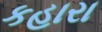
કહારા